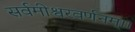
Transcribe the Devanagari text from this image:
सर्वमीश्वरवर्णनम्।।